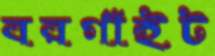
বরগাঁইট